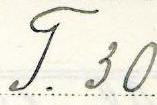
T. 30